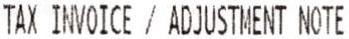
TAX INVOICE / ADJUSTMENT NOTE